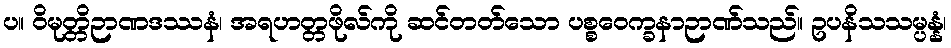
ပ။ ဝိမုတ္တိဉာဏဒဿနံ၊ အရဟတ္တဖိုလ်ကို ဆင်တတ်သော ပစ္စဝေက္ခနာဉာဏ်သည်။ ဥပနိသသမ္ပန္နံ၊